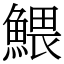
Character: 鰃